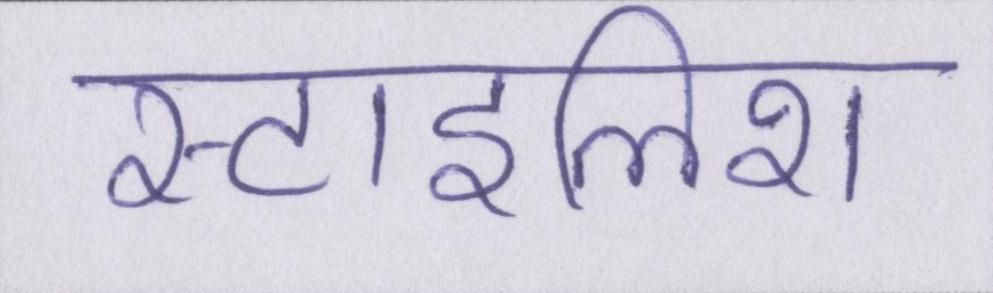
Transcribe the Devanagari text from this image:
स्टाइलिश